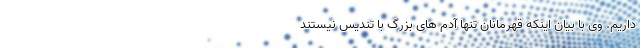
داریم. وی با بیان اینکه قهرمانان تنها آدم های بزرگ با تندیس نیستند